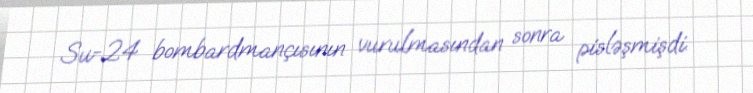
Su-24 bombardmançısının vurulmasından sonra pisləşmişdi.